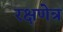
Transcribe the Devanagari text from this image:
रक्षणेत्र